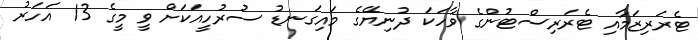
ޓެރަރިޒަމާއި ޓެރަރިސްޓުންގެ ވާހަކަ ދުނިޔޭގެ މައިގަނޑު ސުރުހީއަކަށް ވީ މީގެ 13 އަހަރު